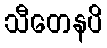
သီတေနပိ